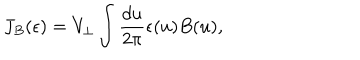
LaTeX: J _ { B } ( \epsilon ) = V _ { \perp } \int { \frac { d u } { 2 \pi } } \epsilon ( u ) B ( u ) ,